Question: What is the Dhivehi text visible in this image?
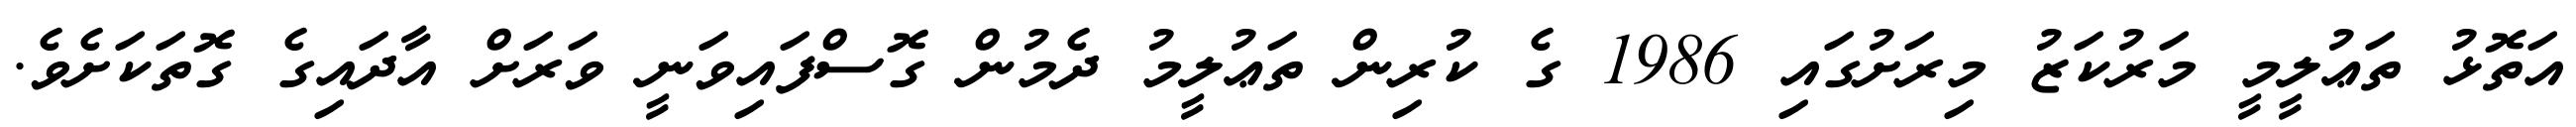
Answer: އަތޮޅު ތަޢުލީމީ މަރުކަޒު މިރަށުގައި 1986 ގެ ކުރިން ތަޢުލީމު ދެމުން ގޮސްފައިވަނީ ވަރަށް އާދައިގެ ގޮތަކަށެވެ.